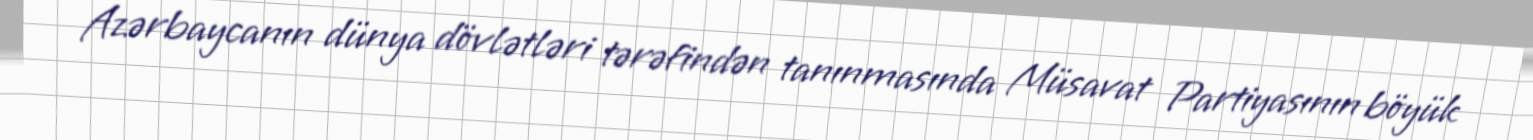
Azərbaycanın dünya dövlətləri tərəfindən tanınmasında Müsavat Partiyasının böyük